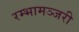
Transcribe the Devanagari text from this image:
रम्भामञ्जरी